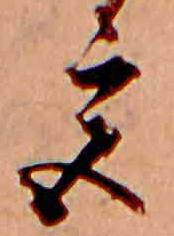
宮